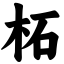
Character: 柘